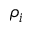
\rho _ { i }